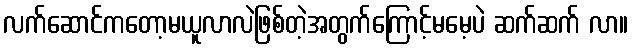
လက်ဆောင်ကတော့မယူလာလဲဖြစ်တဲ့အတွက်ကြောင့်မမေ့ပဲ ဆက်ဆက် လာ။